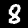
Label: 8